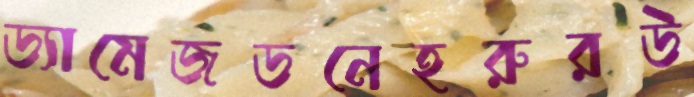
ড্যামেজডনেহরুরউ